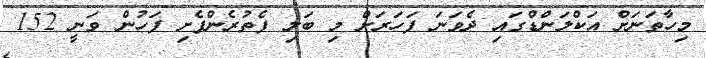
މިހާތަނަށް އަކްލަންޑްގައި ދެވަނަ ފަހަރަށް މި ބަލި ފެތުރެންފެށި ފަހުން ވަނީ 152